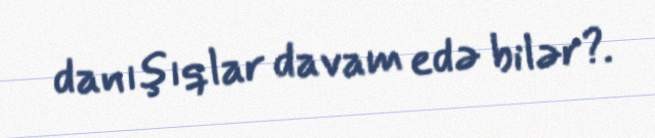
danışıqlar davam edə bilər?.